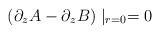
LaTeX: \begin{align*}( \partial_z A - \partial_z B ) \mid_{r=0} = 0\end{align*}